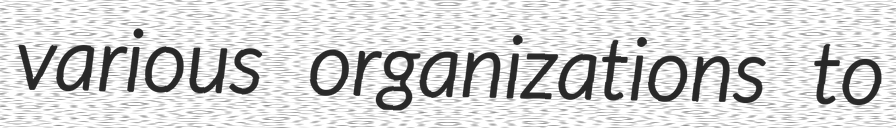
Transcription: various organizations to